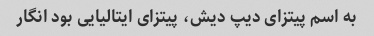
به اسم پیتزای دیپ دیش، پیتزای ایتالیایی بود انگار